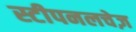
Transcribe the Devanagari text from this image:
स्टीपनलचेज़